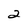
Character: 2